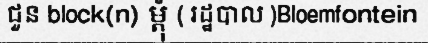
ជួន block(n) ម្តុំ ( រដ្ឋបាល )Bloemfontein